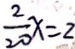
\frac { 2 } { 2 0 } x = 2